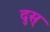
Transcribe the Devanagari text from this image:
दुस्‌